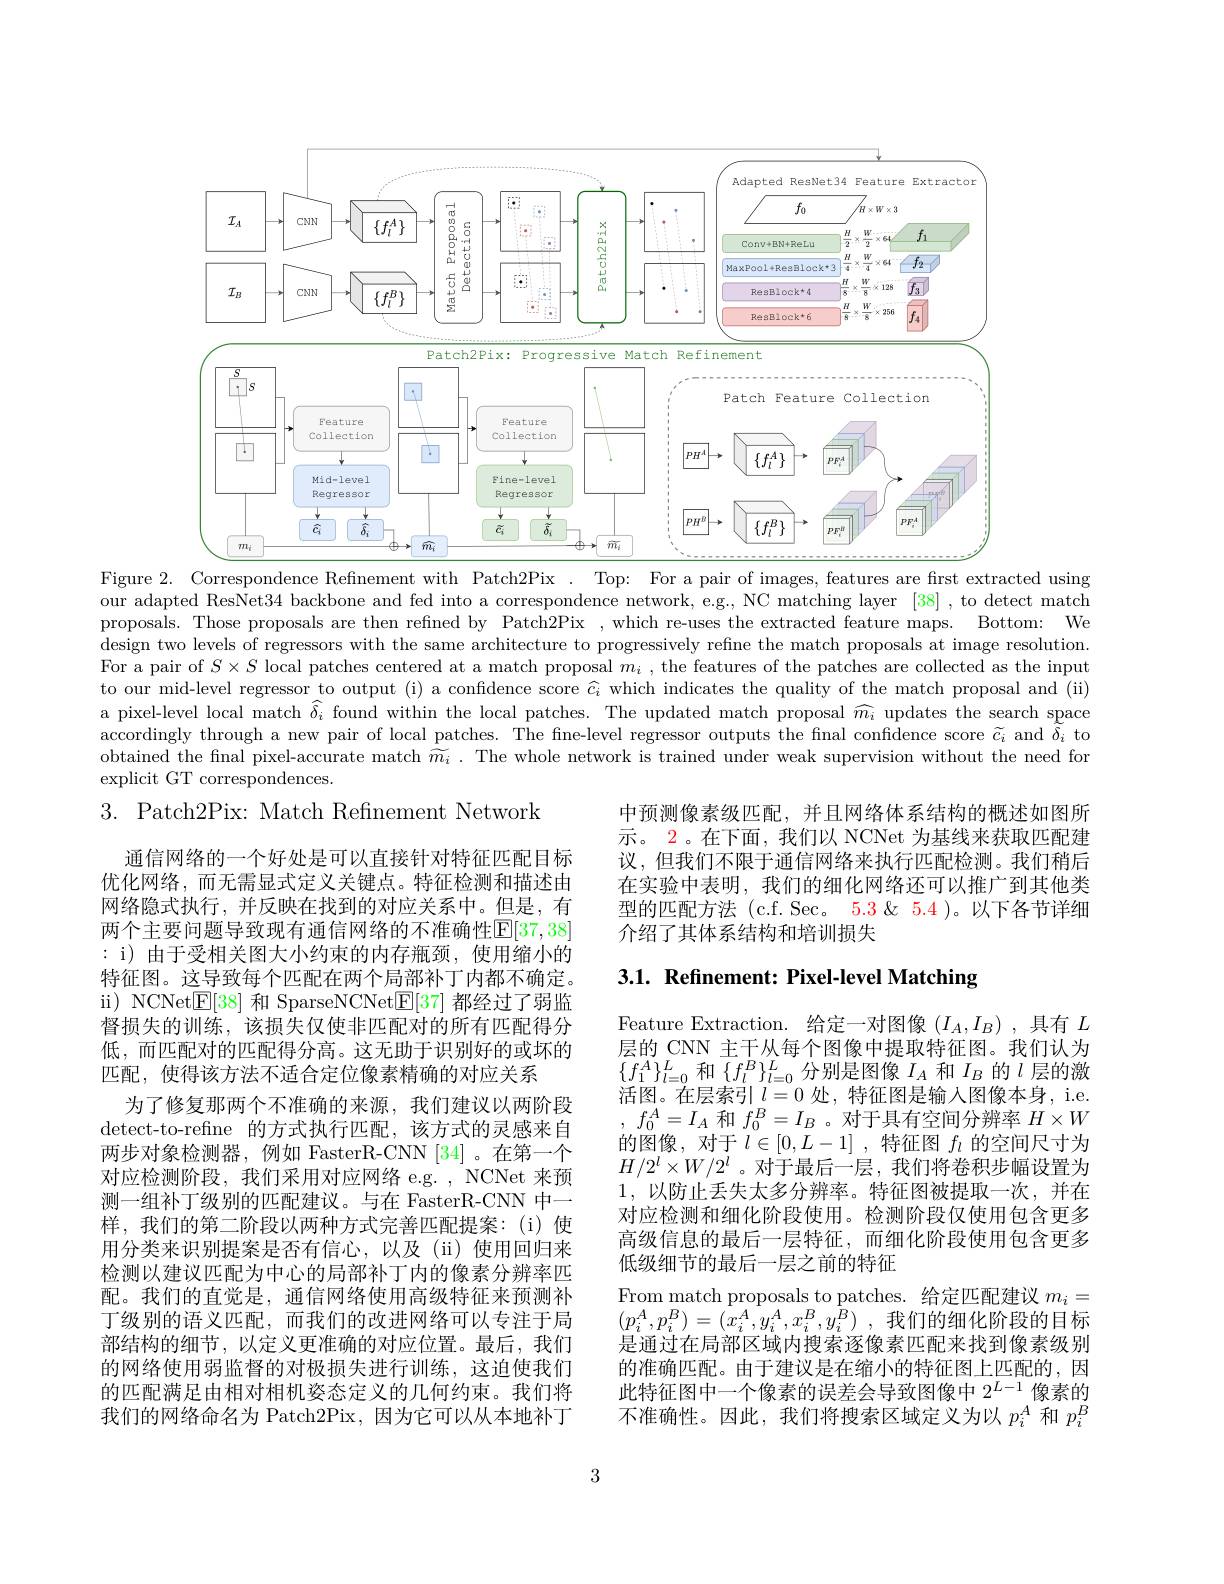
<FigureHere>
Figure 2. Correspondence Refinement with Patch2Pix
Top: For a pair of images, features are frst extracted using

our adapted ResNet34 backbone and fed into a correspondence network, e.g., NC matching layer [38] , to detect match proposals. Those proposals are then refined by Patch2Pix,which re-uses the extracted feature maps. Bottom: We design two levels of regressors with the same architecture to progressively refine the match proposals at image resolution. For a pair of $S\times S$ local patches centered at a match proposal $m_i$, the features of the patches are collected as the input to our mid-level regressor to output (i) a confidence score $\widehat{c_i}$ which indicates the quality of the match proposal and (ii) a pixel-level local match $\widehat{\delta_i}$ found within the local patches. The updated match proposal $\widehat{m_i}$ updates the search space accordingly through a new pair of local patches. The fine-level regressor outputs the final confidence score $\widetilde{c_i}$ and $\tilde{\delta}_i$ to obtained the final pixel-accurate match $\widetilde{m_i}.$ The whole network is trained under weak supervision without the need for explicit GT correspondences.
3. Patch2Pix: Match Refinement Network
中预测像素级匹配，并且网络体系结构的概述如图所

示。2。在下面，我们以 NCNet 为基线来获取匹配建议，但我们不限于通信网络来执行匹配检测。我们稍后在实验中表明，我们的细化网络还可以推广到其他类型的匹配方法 (c.f. Sec。5.3&5.4 )。以下各节详细介绍了其体系结构和培训损失

# 3.1. Refinement: Pixel-level Matching

通信网络的一个好处是可以直接针对特征匹配目标优化网络，而无需显式定义关键点。特征检测和描述由网络隐式执行，并反映在找到的对应关系中。但是，有两个主要问题导致现有通信网络的不准确性$\mathbb{E}[37,38]$ : i) 由于受相关图大小约束的内存瓶颈，使用缩小的特征图。这导致每个匹配在两个局部补丁内都不确定。i) NCNet$\mathbb{E}[38]$和 SparseNCNet$\mathbb{E}[37]$都经过了弱监督损失的训练，该损失仅使非匹配对的所有匹配得分低，而匹配对的匹配得分高。这无助于识别好的或坏的匹配，使得该方法不适合定位像素精确的对应关系
为了修复那两个不准确的来源，我们建议以两阶段detect-to-refine 的方式执行匹配，该方式的灵感来自两步对象检测器，例如 FasterR-CNN [34]。在第一个对应检测阶段，我们采用对应网络 e.g. , NCNet 来预测一组补丁级别的匹配建议。与在 FasterR-CNN 中一样，我们的第二阶段以两种方式完善匹配提案：(i)使用分类来识别提案是否有信心，以及(ii)使用回归来检测以建议匹配为中心的局部补丁内的像素分辨率匹配。我们的直觉是，通信网络使用高级特征来预测补丁级别的语义匹配，而我们的改进网络可以专注于局部结构的细节，以定义更准确的对应位置。最后，我们的网络使用弱监督的对极损失进行训练，这迫使我们的匹配满足由相对相机姿态定义的几何约束。我们将我们的网络命名为 Patch2Pix, 因为它可以从本地补丁

Feature Extraction. 给定一对图像$(I_A,I_B)$ ,具有$L$ 层的 CNN 主干从每个图像中提取特征图。我们认为$\{f_{1}^{A}\}_{l=0}^{L}$和$\overline{\{f_{l}^{B}\}_{l=0}^{L}}$分别是图像$I_A$和$I_B$的$l$层的激活图。在层索引$l=0$处，特征图是输入图像本身，i.e. , $f_{0}^{A}= I_{A}$和$f_0^B=I_B$ 。对于具有空间分辨率$H\times W$ 的图像，对于$l\in[0,L-1]$ ,特征图$f_l$的空间尺寸为$H/2^l\times W/2^l$。对于最后一层，我们将卷积步幅设置为1,以防止丢失太多分辨率。特征图被提取一次，并在对应检测和细化阶段使用。检测阶段仅使用包含更多高级信息的最后一层特征，而细化阶段使用包含更多低级细节的最后一层之前的特征
From match proposals to patches. 给定匹配建议$m_i=$ $( p_{i}^{A}, p_{i}^{B}) = ( \tilde{x} _{i}^{A}, y_{i}^{A}, x_{i}^{B}, \dot{y} _{i}^{B})$ ,我们的细化阶段的目标是通过在局部区域内搜索逐像素匹配来找到像素级别的准确匹配。由于建议是在缩小的特征图上匹配的，因此特征图中一个像素的误差会导致图像中$2^{L-1}$像素的不准确性。因此，我们将搜索区域定义为以$p_i^A$和$p_i^B$

3